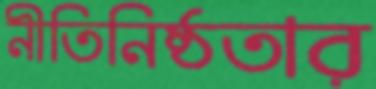
নীতিনিষ্ঠতার